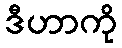
ဒီဟာကို